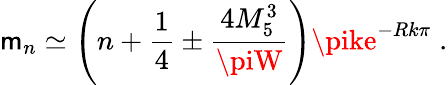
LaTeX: \mathsf{m}_{n}\simeq\left(n+\frac{{1}}{{4}}\pm\frac{{4M_{5}^{3}}}{{\piW}}\right)\pike^{-Rk\pi}\; .